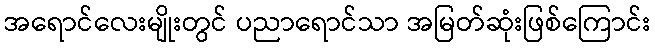
အရောင်လေးမျိုးတွင် ပညာရောင်သာ အမြတ်ဆုံးဖြစ်ကြောင်း